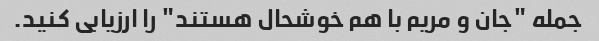
جمله "جان و مریم با هم خوشحال هستند" را ارزیابی کنید.